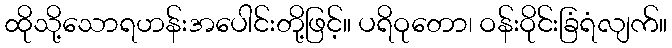
ထိုသို့သောရဟန်းအပေါင်းတို့ဖြင့်။ ပရိဝုတော၊ ဝန်းဝိုင်းခြံရံလျက်။